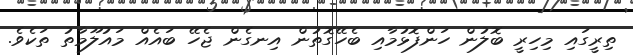
ތިރީގައި މިހިރީ ބޮލުން ހަންފޮޅުމާއި ބެހޭގޮތުން އިނގެން ޖެހޭ ބައެއް މައުލޫމާތު ތަކެވެ.